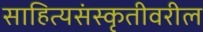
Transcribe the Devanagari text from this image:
साहित्यसंस्कृतीवरील